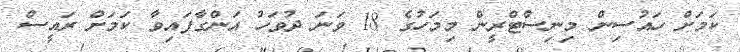
ކަމަށް ހައުސިން މިނިސްޓްރީން މިމަހުގެ 18 ވަނަ ދުވަހު އަންގާފައިވާ ކަަމަށް ރައީސް